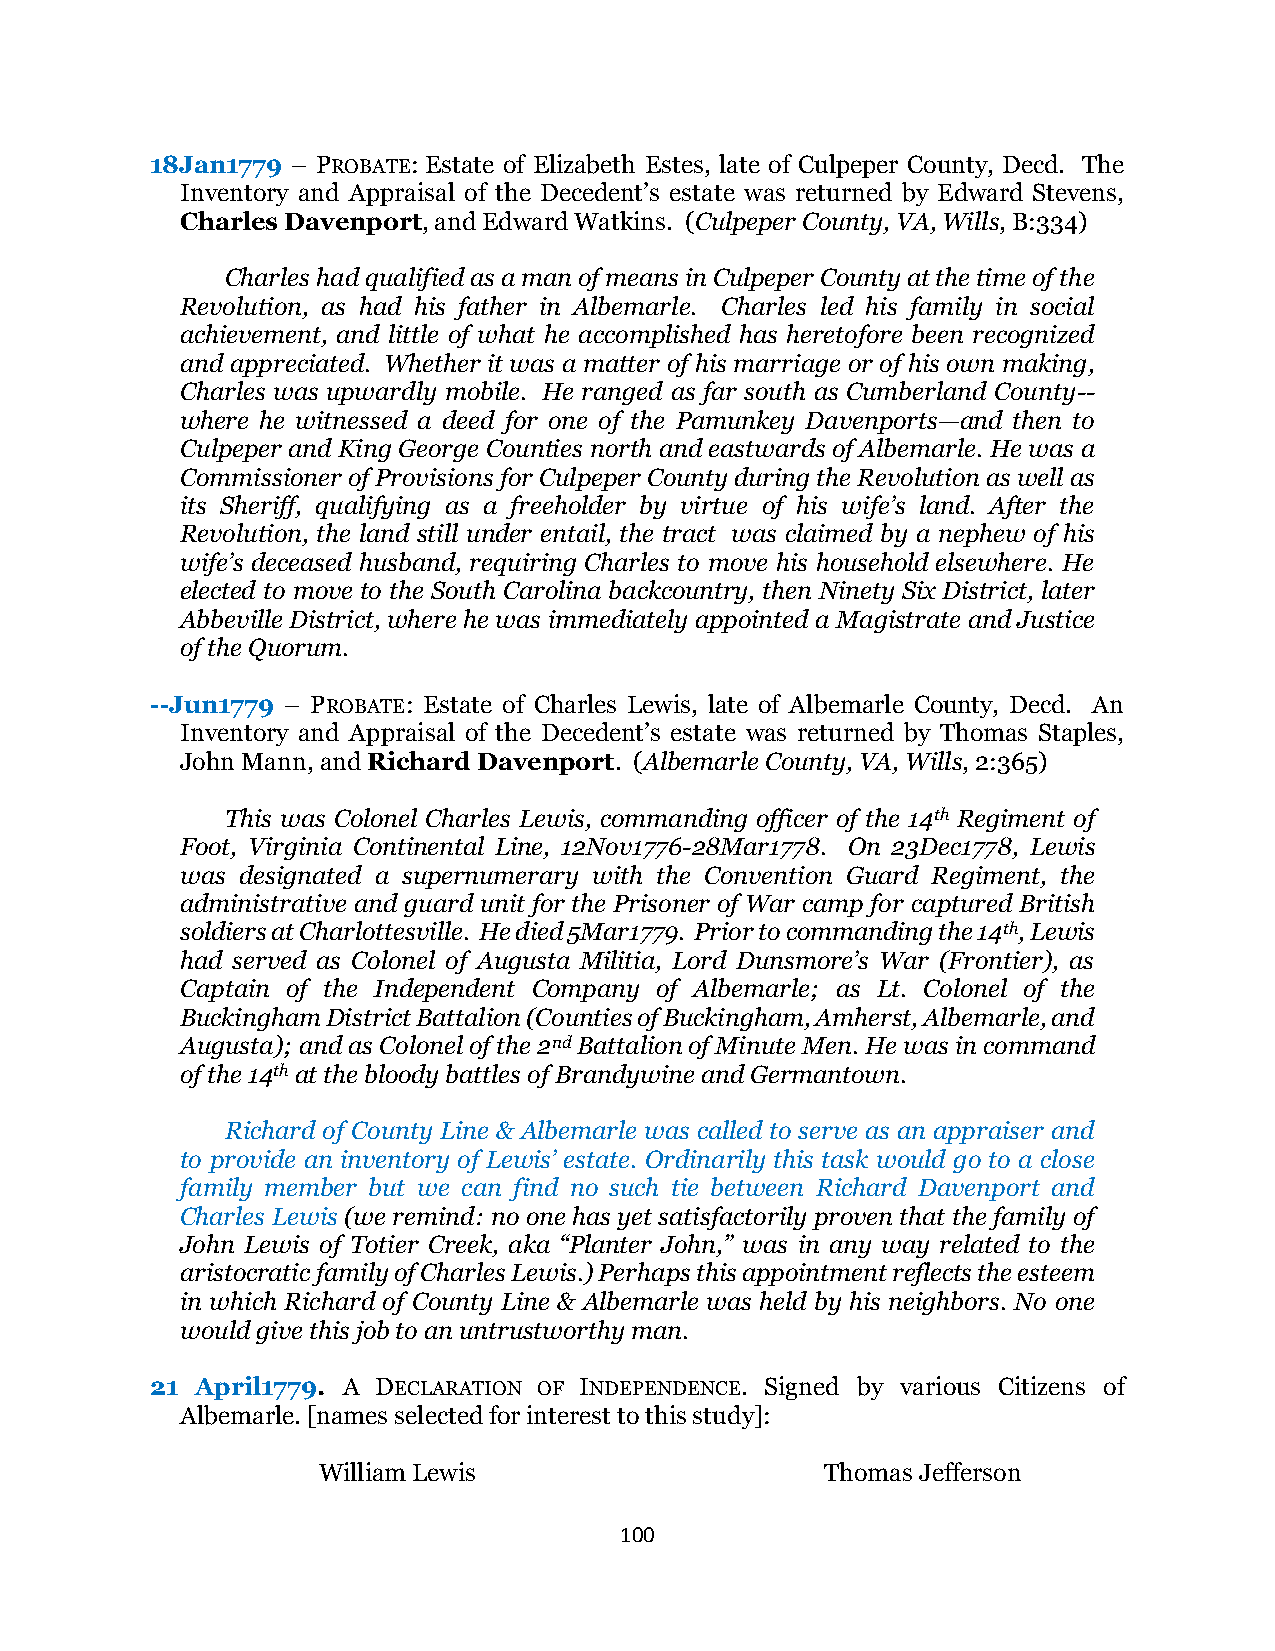
18Jan1779 – PROBATE: Estate of Elizabeth Estes, late of Culpeper County, Decd. The
 Inventory and Appraisal of the Decedent’s estate was returned by Edward Stevens,
 Charles Davenport, and Edward Watkins. (Culpeper County, VA, Wills, B:334)
 Charles had qualified as a man of means in Culpeper County at the time of the
 Revolution, as had his father in Albemarle. Charles led his family in social
 achievement, and little of what he accomplished has heretofore been recognized
 and appreciated. Whether it was a matter of his marriage or of his own making,
 Charles was upwardly mobile. He ranged as far south as Cumberland County--
 where he witnessed a deed for one of the Pamunkey Davenports—and then to
 Culpeper and King George Counties north and eastwards of Albemarle. He was a
 Commissioner of Provisions for Culpeper County during the Revolution as well as
 its Sheriff, qualifying as a freeholder by virtue of his wife’s land. After the
 Revolution, the land still under entail, the tract was claimed by a nephew of his
 wife’s deceased husband, requiring Charles to move his household elsewhere. He
 elected to move to the South Carolina backcountry, then Ninety Six District, later
 Abbeville District, where he was immediately appointed a Magistrate and Justice
 of the Quorum.
 --Jun1779 – PROBATE: Estate of Charles Lewis, late of Albemarle County, Decd. An
 Inventory and Appraisal of the Decedent’s estate was returned by Thomas Staples,
 John Mann, and Richard Davenport. (Albemarle County, VA, Wills, 2:365)
 This was Colonel Charles Lewis, commanding officer of the 14th Regiment of
 Foot, Virginia Continental Line, 12Nov1776-28Mar1778. On 23Dec1778, Lewis
 was designated a supernumerary with the Convention Guard Regiment, the
 administrative and guard unit for the Prisoner of War camp for captured British
 soldiers at Charlottesville. He died 5Mar1779. Prior to commanding the 14th, Lewis
 had served as Colonel of Augusta Militia, Lord Dunsmore’s War (Frontier), as
 Captain of the Independent Company of Albemarle; as Lt. Colonel of the
 Buckingham District Battalion (Counties of Buckingham, Amherst, Albemarle, and
 Augusta); and as Colonel of the 2nd Battalion of Minute Men. He was in command
 of the 14th at the bloody battles of Brandywine and Germantown.
 Richard of County Line & Albemarle was called to serve as an appraiser and
 to provide an inventory of Lewis’ estate. Ordinarily this task would go to a close
 family member but we can find no such tie between Richard Davenport and
 Charles Lewis (we remind: no one has yet satisfactorily proven that the family of
 John Lewis of Totier Creek, aka “Planter John,” was in any way related to the
 aristocratic family of Charles Lewis.) Perhaps this appointment reflects the esteem
 in which Richard of County Line & Albemarle was held by his neighbors. No one
 would give this job to an untrustworthy man.
 21 April1779. A DECLARATION OF INDEPENDENCE. Signed by various Citizens of
 Albemarle. [names selected for interest to this study]:
 William Lewis                     Thomas Jefferson
 100